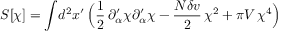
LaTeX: S [ \chi ] = \int \! d ^ { 2 } x ^ { \prime } \, \Bigl ( { \frac { 1 } { 2 } } \, \partial _ { \alpha } ^ { \prime } \chi \partial _ { \alpha } ^ { \prime } \chi - { \frac { N \delta v } { 2 } } \, \chi ^ { 2 } + \pi V \, \chi ^ { 4 } \Bigr )